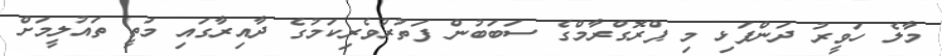
މާލެ ހަވީރު ދަންފަޅި މި ޕްރޮގްރާމްގެ ސަބަބުން ފަތުރުވެރިކަމުގެ ދާއިރާގައި މަތީ ތައުލީމަށް